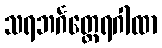
သရဘင်္ဂတ္ထေရဂါထာ